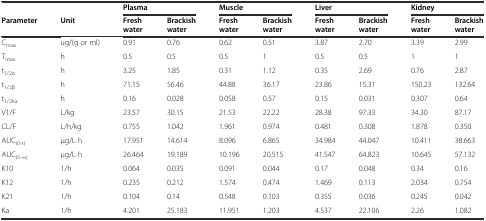
|  |  | <COLSPAN=2> Plasma | <COLSPAN=2> Muscle | <COLSPAN=2> Liver | <COLSPAN=2> Kidney |
 | Parameter | Unit | Fresh water | Brackish water | Fresh water | Brackish water | Fresh water | Brackish water | Fresh water | Brackish water |
 | --- | --- | --- | --- | --- | --- | --- | --- | --- | --- |
 | Cmax | ug/(g or ml) | 0.91 | 0.76 | 0.62 | 0.51 | 3.87 | 2.70 | 3.39 | 2.99 |
 | Tmax | h | 0.5 | 0.5 | 0.5 | 1 | 0.5 | 0.5 | 1 | 1 |
 | t1/2α | h | 3.25 | 1.85 | 0.31 | 1.12 | 0.35 | 2.69 | 0.76 | 2.87 |
 | t1/2β | h | 71.15 | 56.46 | 44.88 | 36.17 | 23.86 | 15.31 | 150.23 | 132.64 |
 | t1/2Ka | h | 0.16 | 0.028 | 0.058 | 0.57 | 0.15 | 0.031 | 0.307 | 0.64 |
 | V1/F | L/kg | 23.57 | 30.15 | 21.53 | 22.22 | 28.38 | 97.33 | 34.30 | 87.17 |
 | CL/F | L/h/kg | 0.755 | 1.042 | 1.961 | 0.974 | 0.481 | 0.308 | 1.878 | 0.350 |
 | AUC(0-t) | μg/L⋅h | 17.951 | 14.614 | 8.096 | 6.865 | 34.984 | 44.047 | 10.411 | 38.663 |
 | AUC(0-∞) | μg/L⋅h | 26.464 | 19.189 | 10.196 | 20.515 | 41.547 | 64.823 | 10.645 | 57.132 |
 | K10 | 1/h | 0.064 | 0.035 | 0.091 | 0.044 | 0.17 | 0.048 | 0.34 | 0.16 |
 | K12 | 1/h | 0.235 | 0.212 | 1.574 | 0.474 | 1.469 | 0.113 | 2.034 | 0.754 |
 | K21 | 1/h | 0.104 | 0.14 | 0.548 | 0.103 | 0.355 | 0.036 | 0.245 | 0.042 |
 | Ka | 1/h | 4.201 | 25.183 | 11.951 | 1.203 | 4.537 | 22.106 | 2.26 | 1.082 |